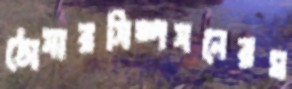
ঠোসারসিম্পসনেরম